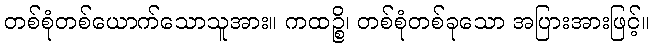
တစ်စုံတစ်ယောက်သောသူအား။ ကထဉ္စိ၊ တစ်စုံတစ်ခုသော အပြားအားဖြင့်။